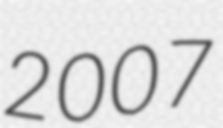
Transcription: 2007